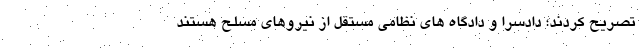
تصریح کردند؛ دادسرا و دادگاه های نظامی مستقل از نیروهای مسلح هستند